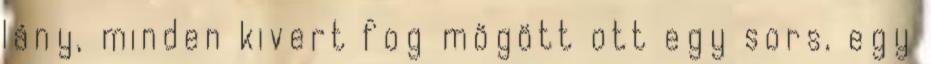
lány, minden kivert fog mögött ott egy sors, egy